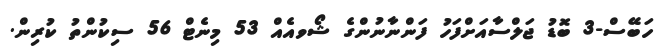
ހަބޭސް-3 ބޮޑު ޖަލްސާއަށްފަހު ފަންނާނުންގެ ޝޯވއެއް 53 މިނެޓް 56 ސިކުންތު ކުރިން.